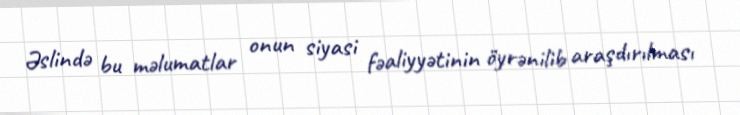
Əslində bu məlumatlar onun siyasi fəaliyyətinin öyrənilib araşdırılması